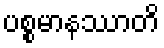
ပစ္စမာနဿာတိ